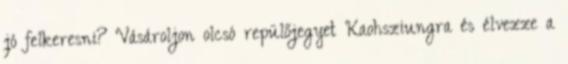
jó felkeresni? Vásároljon olcsó repülőjegyet Kaohsziungra és élvezze a